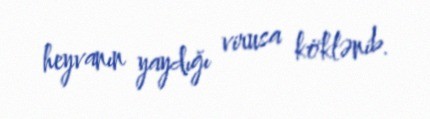
heyvanın yaydığı virusa köklənib.